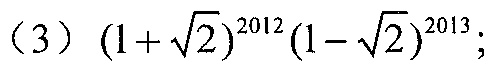
(3) \((1 + \sqrt{2})^{2012}(1 - \sqrt{2})^{2013}\);